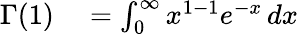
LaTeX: \begin{array}{rl}{\Gamma(1)}&{{}=\int_{0}^{\infty}x^{1-1}e^{-x}\, dx}\end{array}